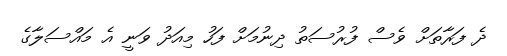
ދެ ފަރާތަށް ވެސް ފުރުސަތު ދިނުމަށް ފަހު މިއަދު ވަނީ އެ މައްސަލާގެ